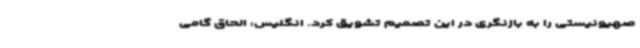
صهیونیستی را به بازنگری در این تصمیم تشویق کرد. انگلیس: الحاق گامی